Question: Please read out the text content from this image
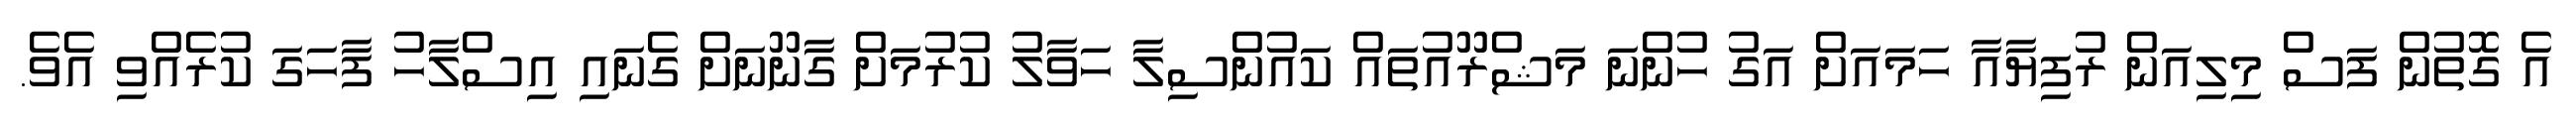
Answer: އެ ގޮތުން ފަސް މިލިއަން ރުފިޔާއާ ހަމައަށް އަގު ހުންނަ މަޝްރޫއުތައް ކައުންސިލާ ހަވާލު ކުރުމަށް ގާނޫނަށް ގެނައި އިސްލާހު ފާހަގަ ކުރެއްވި އެވެ.